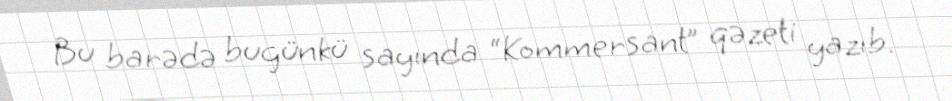
Bu barədə bugünkü sayında “Kommersant” qəzeti yazıb.